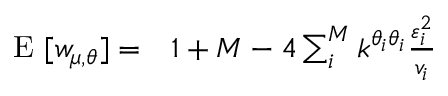
\begin{array} { r l } { \mathrm { ~ E ~ } [ w _ { \mu , \boldsymbol { \theta } } ] = } & { { } 1 + M - 4 \sum _ { i } ^ { M } k ^ { \theta _ { i } \theta _ { i } } \frac { \varepsilon _ { i } ^ { 2 } } { v _ { i } } } \end{array}